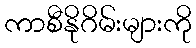
ကာစီနိုဂိမ်းများကို